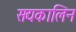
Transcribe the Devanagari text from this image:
सद्यकालिन